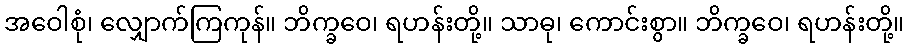
အဝေါစုံ၊ လျှောက်ကြကုန်။ ဘိက္ခဝေ၊ ရဟန်းတို့။ သာဓု၊ ကောင်းစွာ။ ဘိက္ခဝေ၊ ရဟန်းတို့။